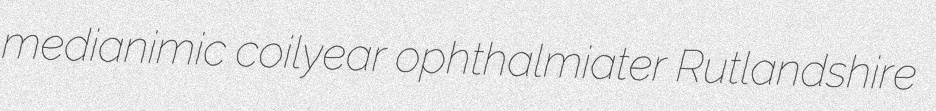
medianimic coilyear ophthalmiater Rutlandshire